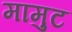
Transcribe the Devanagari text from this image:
मामुट